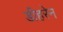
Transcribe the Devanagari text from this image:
डीहरेन